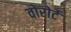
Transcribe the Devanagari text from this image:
वोरोर्टे